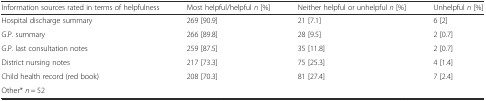
<table><thead><tr><td><b>Information sources rated in terms of helpfulness</b></td><td><b>Most helpful/helpful<i>n</i> [%]</b></td><td><b>Neitherhelpful orunhelpful<i>n</i> [%]</b></td><td><b>Unhelpful<i>n</i> [%]</b></td></tr></thead><tbody><tr><td>Hospital discharge summary</td><td>269 [90.9]</td><td>21 [7.1]</td><td>6 [2]</td></tr><tr><td>G.P. summary</td><td>266 [89.8]</td><td>28 [9.5]</td><td>2 [0.7]</td></tr><tr><td>G.P. last consultation notes</td><td>259 [87.5]</td><td>35 [11.8]</td><td>2 [0.7]</td></tr><tr><td>District nursing notes</td><td>217 [73.3]</td><td>75 [25.3]</td><td>4 [1.4]</td></tr><tr><td>Child health record (red book)</td><td>208 [70.3]</td><td>81 [27.4]</td><td>7 [2.4]</td></tr><tr><td>Other* <i>n</i> = 52</td><td></td><td></td><td></td></tr></tbody></table>